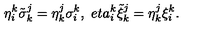
\eta _ { i } ^ { k } \tilde { \sigma } _ { k } ^ { j } = \eta _ { k } ^ { j } \sigma _ { i } ^ { k } , \ e t a _ { i } ^ { k } \tilde { \xi } _ { k } ^ { j } = \eta _ { k } ^ { j } \xi _ { i } ^ { k } .